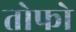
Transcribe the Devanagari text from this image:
तोफो